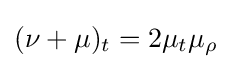
(\nu +\mu )_{t}=2\mu _{t}\mu _{\rho }